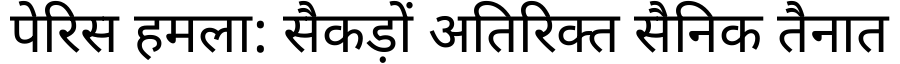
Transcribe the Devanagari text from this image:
पेरिस हमला: सैकड़ों अतिरिक्त सैनिक तैनात